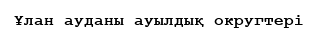
Ұлан ауданы ауылдық округтері